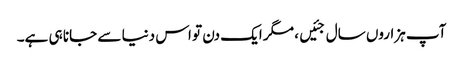
آپ ہزاروں سال جئیں، مگر ایک دن تو اس دنیا سے جانا ہی ہے۔